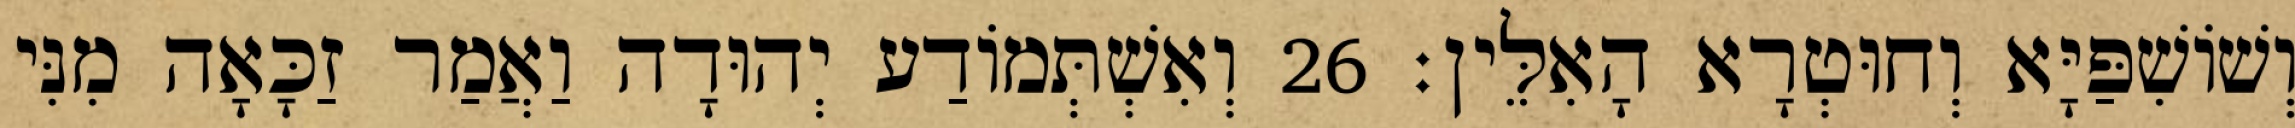
וְשׁוֹשִׁפַּיָּא וְחוּטְרָא הָאִלֵּין׃ 26 וְאִשְׁתְּמוֹדַע יְהוּדָה וַאֲמַר זַכָּאָה מִנִּי